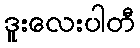
ဒူးလေးပါတီ